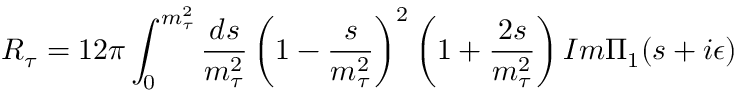
R _ { \tau } = 1 2 \pi \int _ { 0 } ^ { m _ { \tau } ^ { 2 } } \frac { d s } { m _ { \tau } ^ { 2 } } \left( 1 - \frac { s } { m _ { \tau } ^ { 2 } } \right) ^ { 2 } \left( 1 + \frac { 2 s } { m _ { \tau } ^ { 2 } } \right) I m \Pi _ { 1 } ( s + i \epsilon )